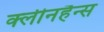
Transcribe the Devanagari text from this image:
क्लीनहैन्स